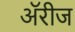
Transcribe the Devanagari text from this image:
ॲरीज